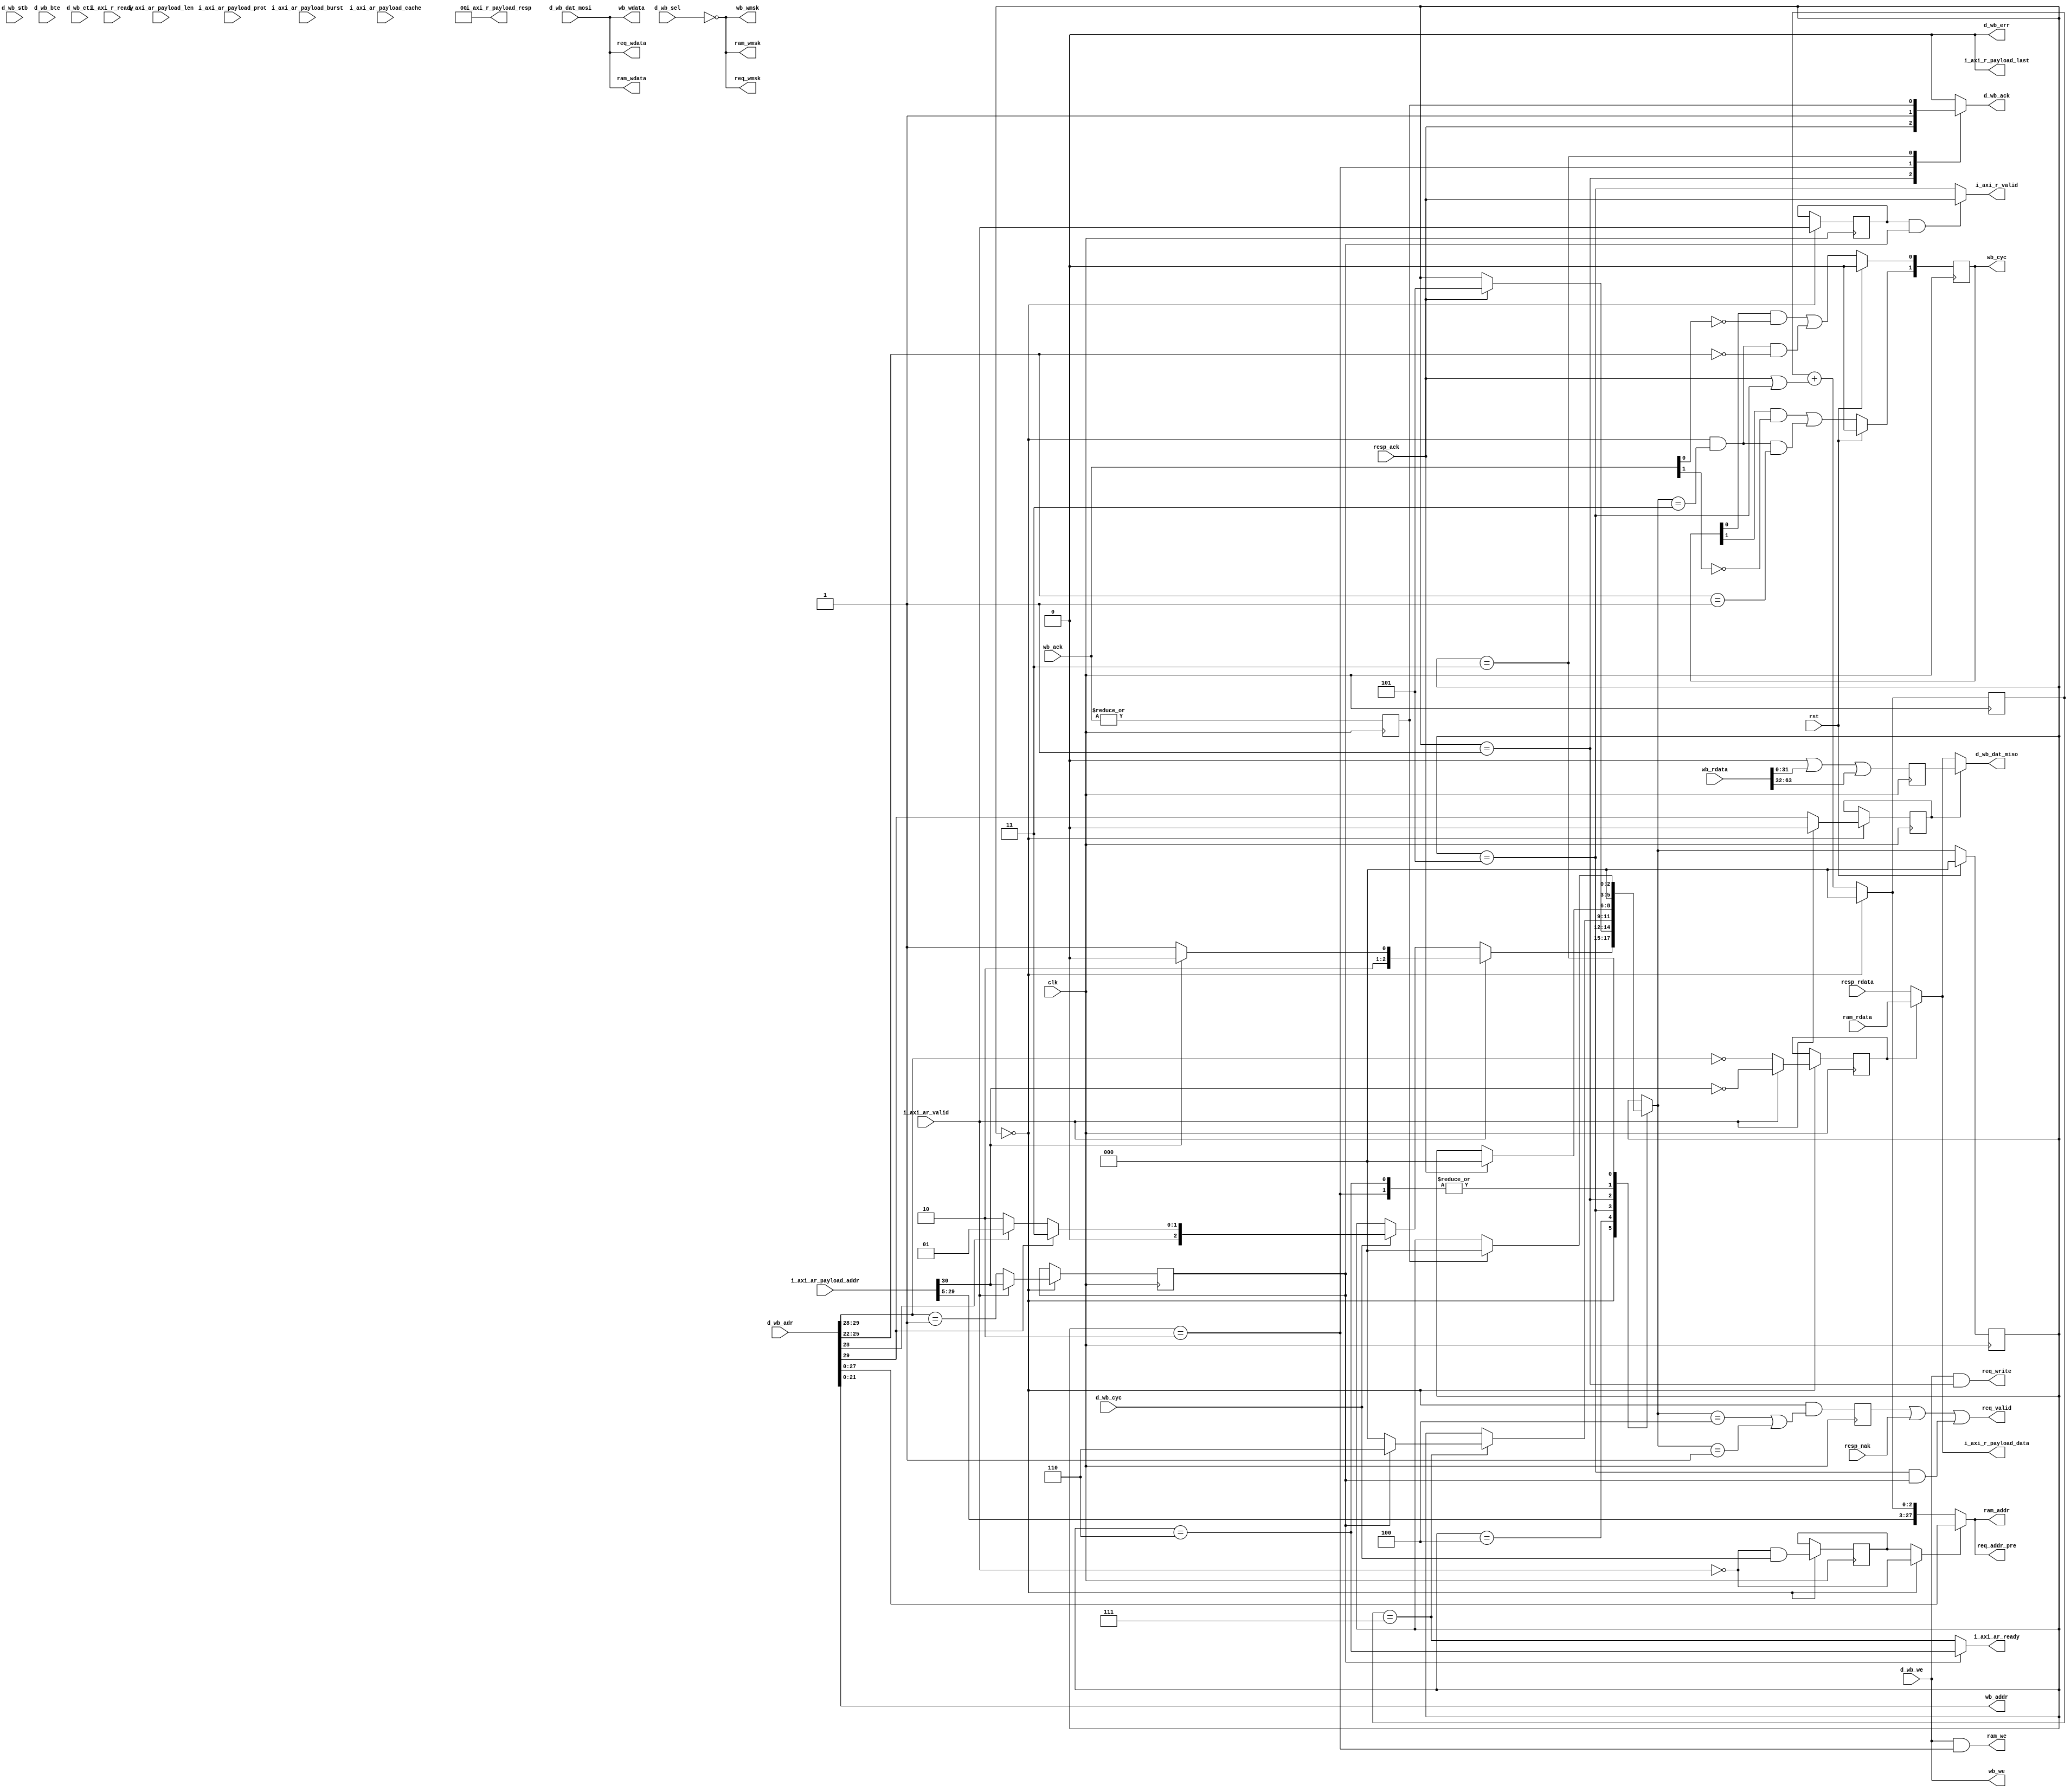
/*
 * mc_bus_vex.v
 *
 * vim: ts=4 sw=4
 *
 * Copyright (C) 2020  Sylvain Munaut <tnt@246tNt.com>
 * All rights reserved.
 *
 * BSD 3-clause, see LICENSE.bsd
 *
 * Redistribution and use in source and binary forms, with or without
 * modification, are permitted provided that the following conditions are met:
 *     * Redistributions of source code must retain the above copyright
 *       notice, this list of conditions and the following disclaimer.
 *     * Redistributions in binary form must reproduce the above copyright
 *       notice, this list of conditions and the following disclaimer in the
 *       documentation and/or other materials provided with the distribution.
 *     * Neither the name of the <organization> nor the
 *       names of its contributors may be used to endorse or promote products
 *       derived from this software without specific prior written permission.
 *
 * THIS SOFTWARE IS PROVIDED BY THE COPYRIGHT HOLDERS AND CONTRIBUTORS "AS IS" AND
 * ANY EXPRESS OR IMPLIED WARRANTIES, INCLUDING, BUT NOT LIMITED TO, THE IMPLIED
 * WARRANTIES OF MERCHANTABILITY AND FITNESS FOR A PARTICULAR PURPOSE ARE
 * DISCLAIMED. IN NO EVENT SHALL <COPYRIGHT HOLDER> BE LIABLE FOR ANY
 * DIRECT, INDIRECT, INCIDENTAL, SPECIAL, EXEMPLARY, OR CONSEQUENTIAL DAMAGES
 * (INCLUDING, BUT NOT LIMITED TO, PROCUREMENT OF SUBSTITUTE GOODS OR SERVICES;
 * LOSS OF USE, DATA, OR PROFITS; OR BUSINESS INTERRUPTION) HOWEVER CAUSED AND
 * ON ANY THEORY OF LIABILITY, WHETHER IN CONTRACT, STRICT LIABILITY, OR TORT
 * (INCLUDING NEGLIGENCE OR OTHERWISE) ARISING IN ANY WAY OUT OF THE USE OF THIS
 * SOFTWARE, EVEN IF ADVISED OF THE POSSIBILITY OF SUCH DAMAGE.
 */

`default_nettype none

module mc_bus_vex #(
	parameter integer WB_N = 2,

	// auto
	parameter integer CL = WB_N - 1,
	parameter integer DL = (32*WB_N)- 1
)(
	// VexRiscv busses
	input  wire        i_axi_ar_valid,
	output wire        i_axi_ar_ready,
	input  wire [31:0] i_axi_ar_payload_addr,
	input  wire [ 7:0] i_axi_ar_payload_len,	// ignored, assumes 8'h07
	input  wire [ 1:0] i_axi_ar_payload_burst,	// ignored
	input  wire [ 3:0] i_axi_ar_payload_cache,	// ignored
	input  wire [ 2:0] i_axi_ar_payload_prot,	// ignored
	output wire        i_axi_r_valid,
	input  wire        i_axi_r_ready,			// ignored, assumes 1'b1
	output wire [31:0] i_axi_r_payload_data,
	output wire [ 1:0] i_axi_r_payload_resp,
	output wire        i_axi_r_payload_last,	// Fixed to zero

	input  wire        d_wb_cyc,
	input  wire        d_wb_stb,
	output reg         d_wb_ack,
	input  wire        d_wb_we,
	input  wire [29:0] d_wb_adr,
	output wire [31:0] d_wb_dat_miso,
	input  wire [31:0] d_wb_dat_mosi,
	input  wire [ 3:0] d_wb_sel,
	output wire        d_wb_err,
	input  wire [ 1:0] d_wb_bte,
	input  wire [ 2:0] d_wb_cti,

	// Peripheral wishbone bus (0x8000_0000 -> 0x8fff_ffff)
	output wire [21:0] wb_addr,
	output wire [31:0] wb_wdata,
	output wire [ 3:0] wb_wmsk,
	input  wire [DL:0] wb_rdata,
	output reg  [CL:0] wb_cyc,
	output wire        wb_we,
	input  wire [CL:0] wb_ack,

	// RAM (0x0000_0000 - 0x3fff_ffff)
	output wire [27:0] ram_addr,
	output wire [31:0] ram_wdata,
	output wire [ 3:0] ram_wmsk,
	input  wire [31:0] ram_rdata,
	output wire        ram_we,

	// Cache (0x4000_0000 - 0x7fff_0000)
		// Request output
	output wire [27:0] req_addr_pre,	// 1 cycle early

	output wire        req_valid,

	output wire        req_write,
	output wire [31:0] req_wdata,
	output wire [ 3:0] req_wmsk,

		// Response input
	input  wire        resp_ack,
	input  wire        resp_nak,
	input  wire [31:0] resp_rdata,

	// Common
	input  wire clk,
	input  wire rst
);

	// Signals
	// -------

	// Global control
	localparam
		ST_IDLE     = 0,
		ST_D_CACHE  = 1,
		ST_D_RAM    = 2,
		ST_D_IO     = 3,
		ST_I_PROBE  = 4,
		ST_I_ACTIVE = 5,
		ST_I_FLUSH  = 6;

	reg  [ 2:0] state;
	reg  [ 2:0] state_nxt;

	reg  ctrl_is_ibus;
	reg  ctrl_is_dbus;
	reg  ctrl_is_cache;
	reg  ctrl_is_ram;
	reg  ctrl_is_io;

	// Data path
	reg  [31:0] rdata_io;
	wire [31:0] rdata_mux_i;
	wire [31:0] rdata_mux_d;
	wire [ 1:0] rdata_sel;

	// Address path
	wire [29:0] addr_mux;
	wire        addr_sel;

	// Instruction bus
	reg  [2:0] ib_addr_cnt;
	wire [2:0] ib_addr_lsb;
	wire       ib_addr_last;

	// Cache access
	reg req_new;

	// Peripheral access
	wire wb_cyc_i;
	reg  wb_ack_i;


	// Global control
	// --------------

	// State reg
	always @(posedge clk)
		if (rst)
			state <= ST_IDLE;
		else
			state <= state_nxt;

	// Next-state
	always @(*)
	begin
		// Default
		state_nxt = state;

		// State transitions
		case (state)
			ST_IDLE:
				if (i_axi_ar_valid)
					state_nxt = i_axi_ar_payload_addr[30] ? ST_I_PROBE : ST_I_ACTIVE;
				else if (d_wb_cyc)
					state_nxt = d_wb_adr[29] ? ST_D_IO : (d_wb_adr[28] ? ST_D_CACHE : ST_D_RAM);

			ST_I_PROBE:
				if (resp_ack)
					state_nxt = ST_I_ACTIVE;

			ST_I_ACTIVE:
				if (ib_addr_last)
					state_nxt = ctrl_is_cache ? ST_I_FLUSH : ST_IDLE;

			ST_I_FLUSH:
				state_nxt = ST_IDLE;

			ST_D_CACHE:
				if (resp_ack)
					state_nxt = ST_IDLE;

			ST_D_RAM:
				state_nxt = ST_IDLE;

			ST_D_IO:
				if (wb_ack_i)
					state_nxt = ST_IDLE;
		endcase
	end

	// Some status
	always @(posedge clk)
	begin
		if (state == ST_IDLE) begin
			ctrl_is_ibus <=  i_axi_ar_valid;
			ctrl_is_dbus <= ~i_axi_ar_valid & d_wb_cyc;
			ctrl_is_cache = i_axi_ar_valid ?  i_axi_ar_payload_addr[30] : (d_wb_adr[29:28] == 2'b01);
			ctrl_is_ram   = i_axi_ar_valid ? ~i_axi_ar_payload_addr[30] : (d_wb_adr[29:28] == 2'b00);
			ctrl_is_io    = i_axi_ar_valid ? 1'b0 : d_wb_adr[29];
		end
	end

	// Read Data mux sel
	assign rdata_sel[1] = ctrl_is_io;
	assign rdata_sel[0] = ctrl_is_ram;

	// Address mux sel
	assign addr_sel = (state == ST_IDLE) ? ~i_axi_ar_valid : ctrl_is_dbus;


	// Data path
	// ---------

	// OR all data from IO
	always @(posedge clk)
	begin : rdata
		integer i;
		rdata_io = 32'h00000000;
		for (i=0; i<WB_N; i=i+1)
			rdata_io = rdata_io | wb_rdata[32*i+:32];
	end

	// Read muxes for IBus / DBus
	assign rdata_mux_i = rdata_sel[0] ? ram_rdata : resp_rdata;
	assign rdata_mux_d = rdata_sel[1] ? rdata_io  : rdata_mux_i;


	// Address path
	// ------------

	assign addr_mux = addr_sel ? d_wb_adr : { i_axi_ar_payload_addr[31:5], ib_addr_lsb };


	// Instruction Bus
	// ---------------

	// Address counter
	always @(posedge clk)
		ib_addr_cnt <= ib_addr_lsb;

	assign ib_addr_lsb = (state == ST_IDLE) ? 3'b000 : (ib_addr_cnt + (resp_ack | (state == ST_I_ACTIVE)));
	assign ib_addr_last = (ib_addr_cnt == 3'b111);

	assign i_axi_ar_ready = ctrl_is_cache ? (state == ST_I_FLUSH) : ib_addr_last;

	// Data channel
	assign i_axi_r_valid = (ctrl_is_ibus & ctrl_is_cache) ? resp_ack : (state == ST_I_ACTIVE);

	assign i_axi_r_payload_data = rdata_mux_i;

	assign i_axi_r_payload_resp = 2'b00;	// No errors
	assign i_axi_r_payload_last = 1'b0;		// Not used by Vex


	// Data Bus
	// --------

	always @(*)
	begin
		d_wb_ack = 0;

		case (state)
			ST_D_CACHE:
				d_wb_ack = resp_ack;
			ST_D_RAM:
				d_wb_ack = 1'b1;
			ST_D_IO:
				d_wb_ack = wb_ack_i;
		endcase
	end

	assign d_wb_dat_miso = rdata_mux_d;
	assign d_wb_err = 1'b0;					// No errors


	// Cache access
	// ------------

	assign req_addr_pre =  addr_mux[27:0];
	assign req_valid    =  req_new | resp_nak | ((state == ST_I_ACTIVE) & ctrl_is_cache);
	assign req_write    =  d_wb_we & (state == ST_D_CACHE);
	assign req_wdata    =  d_wb_dat_mosi;
	assign req_wmsk     = ~d_wb_sel;

	always @(posedge clk)
		req_new <= (state == ST_IDLE) && ((state_nxt == ST_I_PROBE) || (state_nxt == ST_D_CACHE));


	// RAM access
	// ----------

	assign ram_addr  =  addr_mux[27:0];
	assign ram_wdata =  d_wb_dat_mosi;
	assign ram_wmsk  = ~d_wb_sel;
	assign ram_we    =  d_wb_we & (state == ST_D_RAM);


	// Peripheral access
	// -----------------

	assign wb_addr  =  d_wb_adr[21:0];
	assign wb_wdata =  d_wb_dat_mosi;
	assign wb_wmsk  = ~d_wb_sel;
	assign wb_we    =  d_wb_we;

	assign wb_cyc_i = (state == ST_IDLE) && (state_nxt == ST_D_IO);

	always @(posedge clk)
		wb_ack_i <= |wb_ack;

	always @(posedge clk)
	begin : wb_cyc_proc
		integer i;
		if (rst)
			wb_cyc <= 0;
		else
			for (i=0; i<WB_N; i=i+1)
				wb_cyc[i] <= (wb_cyc[i] & ~wb_ack[i]) | (wb_cyc_i & (d_wb_adr[25:22] == i));
	end

endmodule